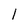
Character: l